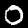
Label: 0